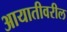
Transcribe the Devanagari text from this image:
आयातीवरील